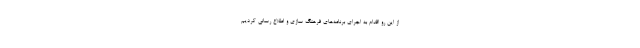
از این رو اقدام به اجرای برنامه‌های فرهنگ سازی و اطلاع رسانی کردیم